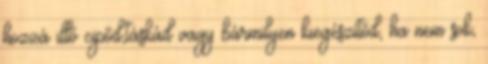
hozzá illő cipőd,táskád vagy bármilyen kiegészítőd, ha nem sok,